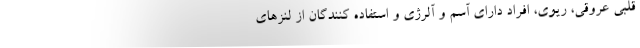
قلبی عروقی، ریوی، افراد دارای آسم و آلرژی و استفاده کنندگان از لنزهای